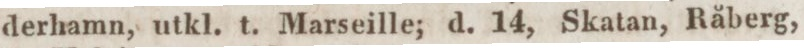
derhamn, utkl. t. Marseille; d. 14, Skatan, Råberg,